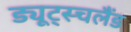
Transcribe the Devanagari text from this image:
ड्यूट्स्चलैंड